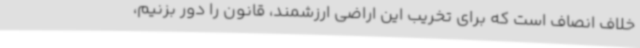
خلاف انصاف است که برای تخریب این اراضی ارزشمند، قانون را دور بزنیم،